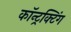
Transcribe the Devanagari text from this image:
कॉन्ट्रक्टिंग